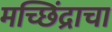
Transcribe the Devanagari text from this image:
मच्छिंद्राचा